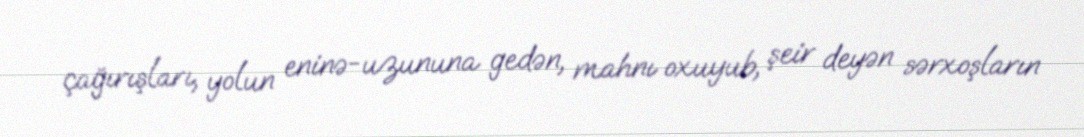
çağırışları, yolun eninə-uzununa gedən, mahnı oxuyub, şeir deyən sərxoşların